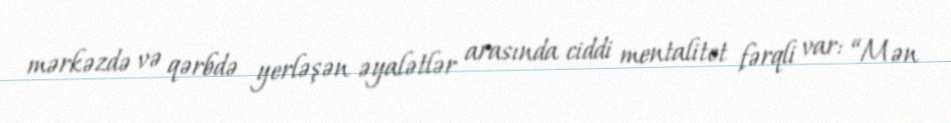
mərkəzdə və qərbdə yerləşən əyalətlər arasında ciddi mentalitet fərqli var: “Mən